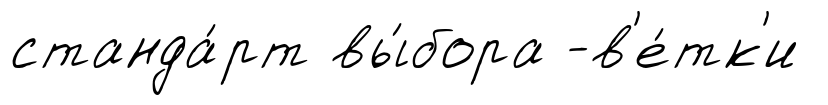
станда́рт вы́бора -в'е́тк'и